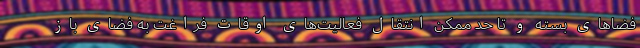
فضاهای بسته و تا حد ممکن انتقال فعالیت‌های اوقات فراغت به فضای باز